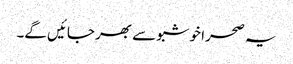
یہ صحرا خوشبو سے بھر جائیں گے۔